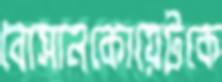
বোসানকোয়েটকে